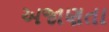
અજાણતા